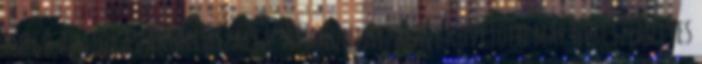
forgó adatokat anonimizálja. Az anonimizálást követően már nem személyes